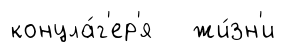
концла́г'ер'я жи́зн'и